Report of the Municipal Commissioner on the plague in Bombay for the year ending 31st May... - Volume 2
Disease focus: Plague
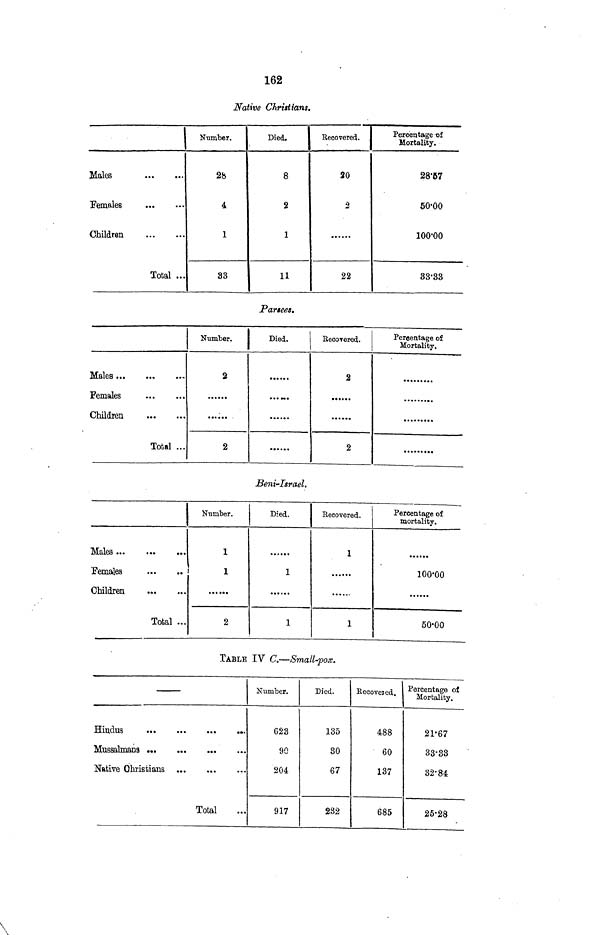
162
Native Christians.
i Number.
Males
Pemales
Children
Total ...
2b
4
1
33
Died.
8
2
1
11
Recovered.
20
2
22
Percentage of
Mortality.
28-57
50-00
100-00
33-33
Partees.
Males ...
Total ...
Number.
2
2
Died.
Recovered.
2
2
Percentage of
Mortality.
Beni-Israel.
Males ...
"Females
Total ...
Number.
1
1
2
Died.
1
1
i
Recovered.
1
1
Percentage of
mortality.
100-00
50-00
TABLE IV C.—Small-pox.
Hindus
Native Ohristians
Total
Number.
023
90
204
917
Died.
135
80
67
282
Recovered.
488
60
137
685
Percentage of
Mortality.
21-67
38-38
32-84
25-28